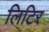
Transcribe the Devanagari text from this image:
लिटिर